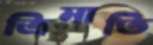
ত্রিমাতি